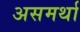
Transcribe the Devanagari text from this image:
असमर्था